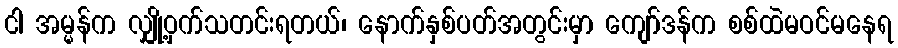
ငါ အမ္မန်က လျှို့ဝှက်သတင်းရတယ်၊ နောက်နှစ်ပတ်အတွင်းမှာ ကျော်ဒန်က စစ်ထဲမဝင်မနေရ